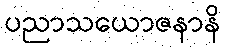
ပညာသယောဇနာနိ